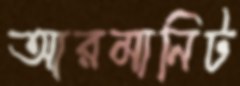
আরমানিট